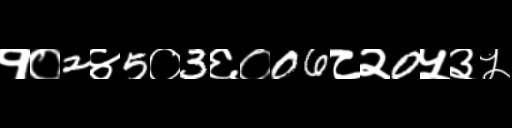
Text: १०2४5०3६०06८२0५३५